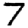
Digit: 7